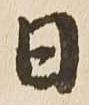
日